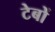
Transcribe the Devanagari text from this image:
टेबों